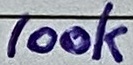
Text: 100k